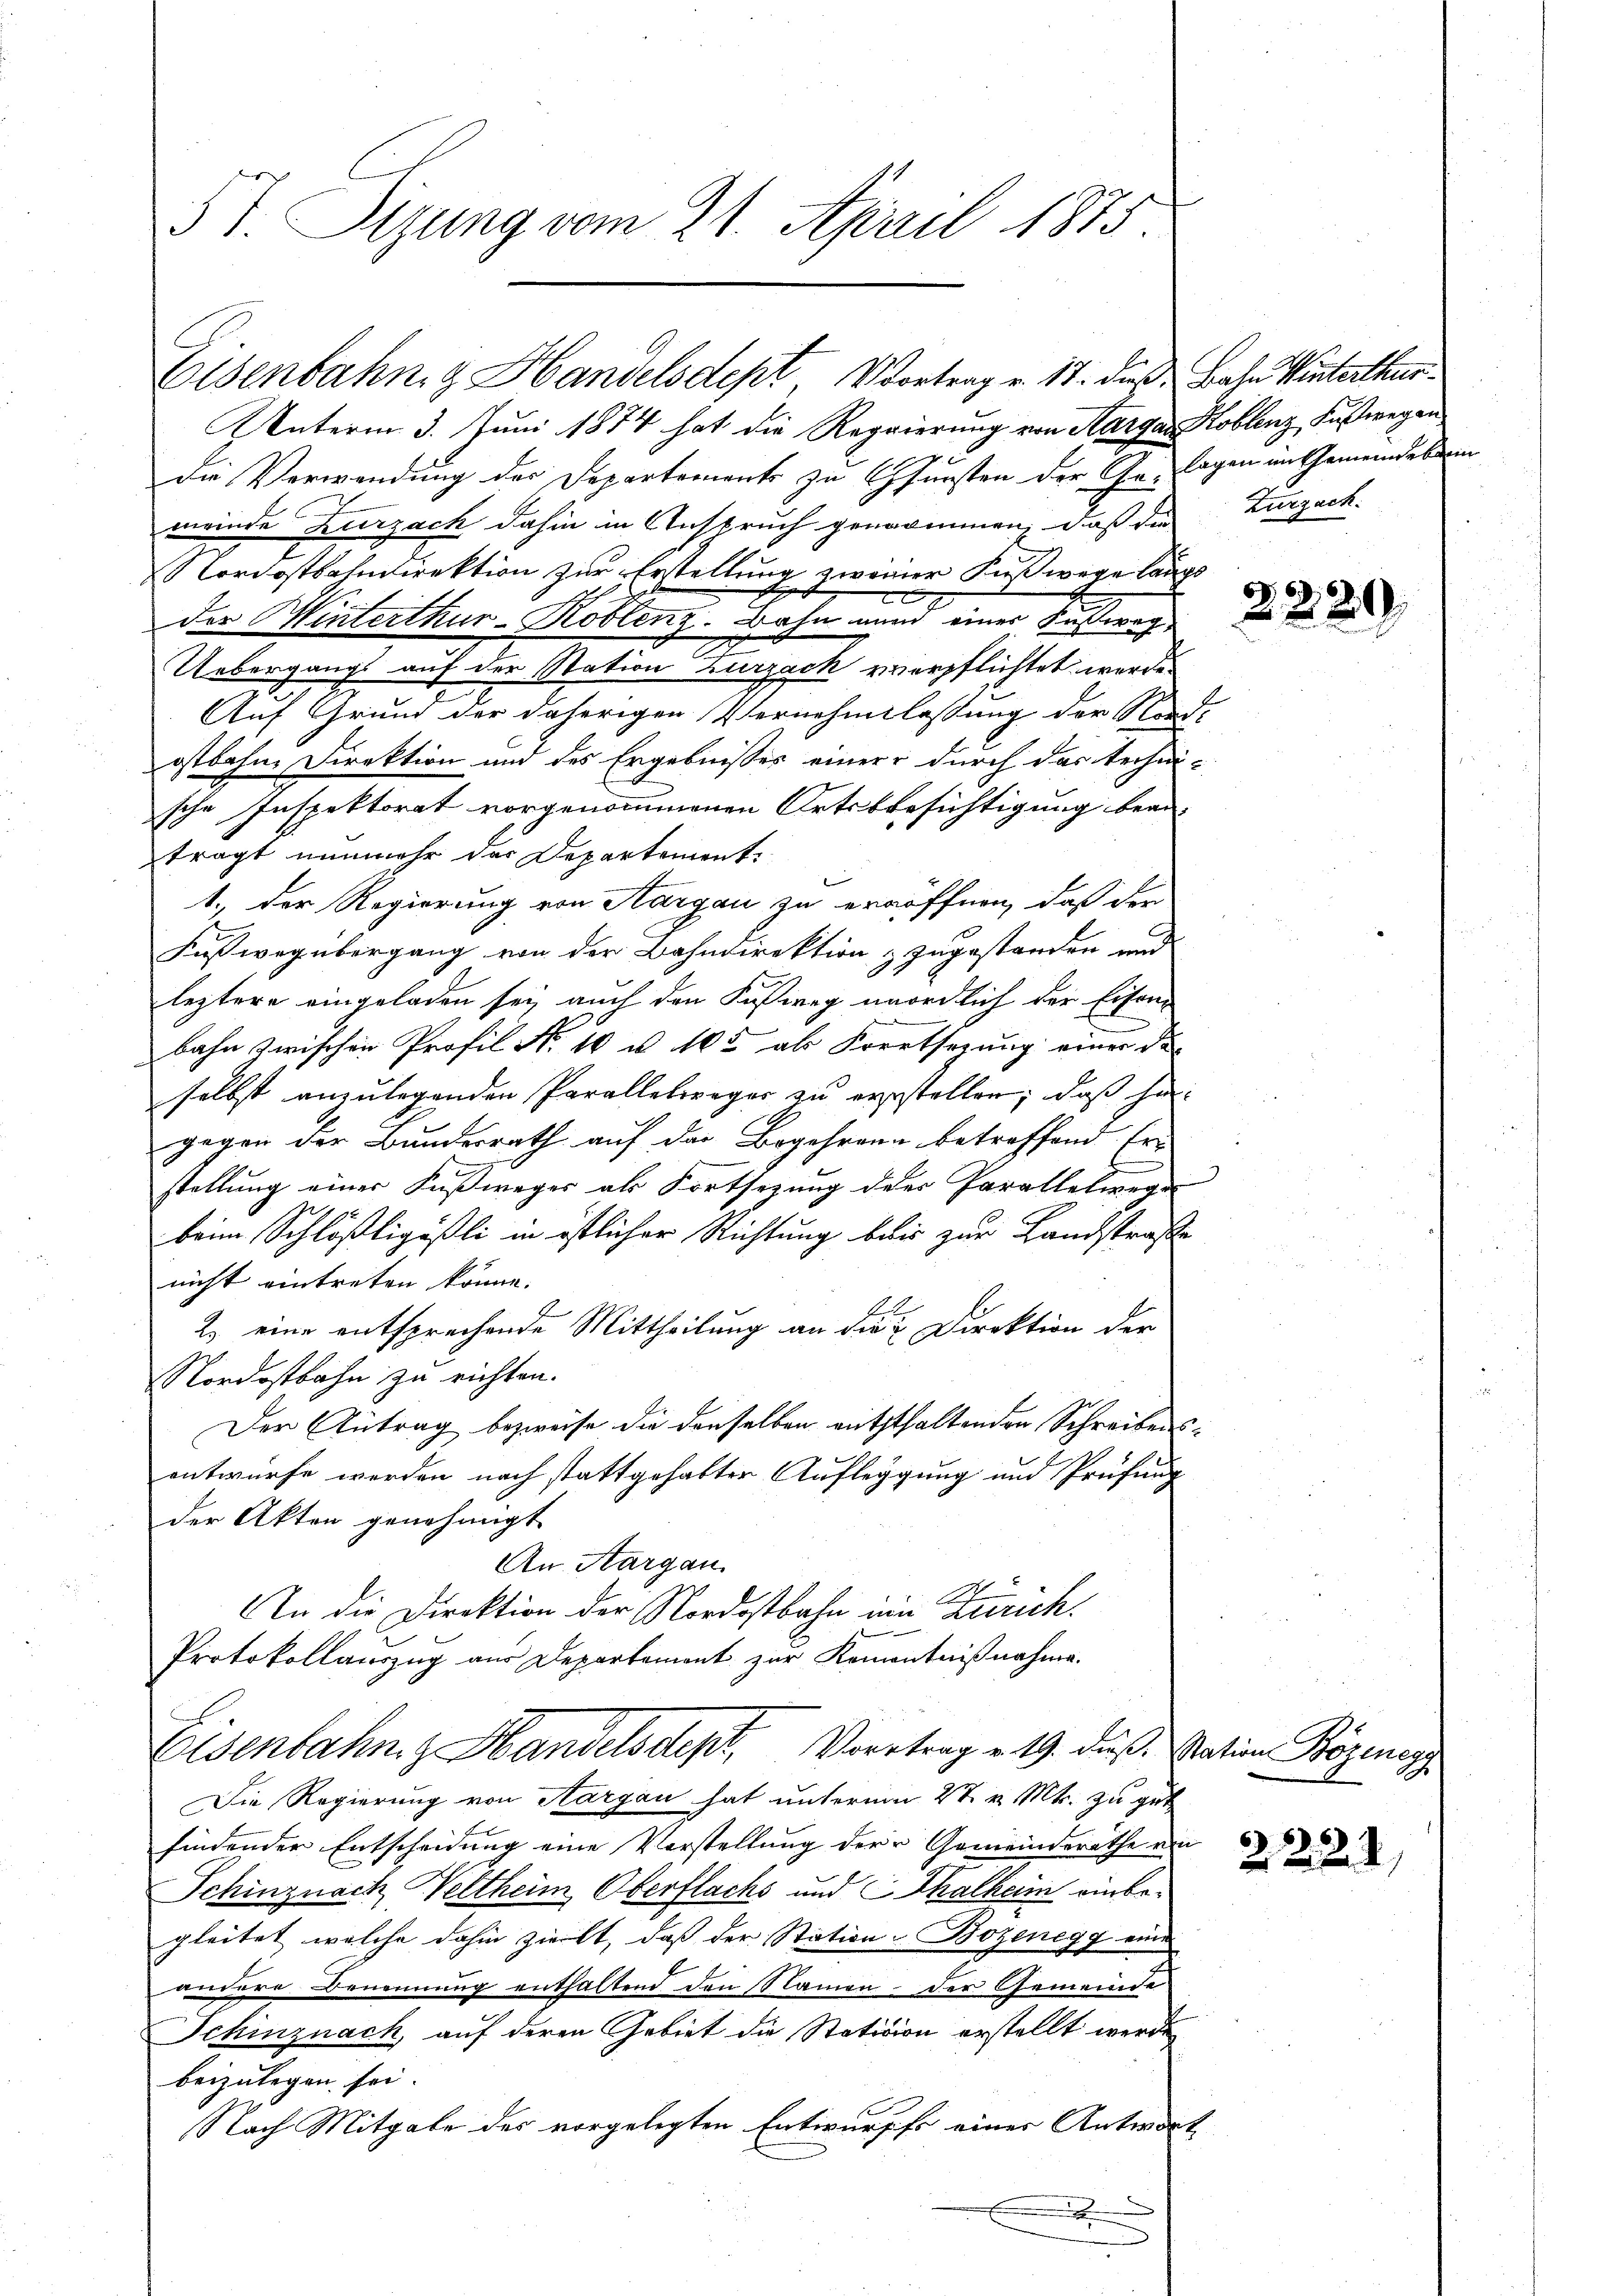
57. Sizung vom 21. April 1875.

Unterm 3. Juni 1874 hat die Regierung von Aargau Koblenz, Fußwegen
Die Verwendung der Departements zu Gunsten der Ga- lagen im Gemeindeberm
meinde Zurzach dahin in Anspruch genommen, daß die
Nordostbahndirektion zur Erstellung zweiner Fußwege langs
e
der Hinterthur–Koblenz, Bahn und einer Fußweg
Uebergangs auf der Station Zurzack verpflichtet werde.
Auf Grund der daherigen Vernehmlassung der Nid-
ostbahne Direktion und des Ergebnisses einer durch das techni-
sche Inspektorat vorgenommenen Ortsbesichtigung bean-
trägt nunmehr der Departement.
1., der Regierung von Aargau zu eröffnen, daß der
Fußweg übergang von der Bahndirektion & zugestanden und
leztere eingeladen sei, auch den Fußweg unördlich der Eisen-
bahn zwischen Profil No 10 u. 105 als Fortsezung einer de
selbst anzulegenden Parallelweger zu erstellen; daß hi
gegen der Bunderrath auf das Begehren betreffend Er-
stellung einer Fußweger als Fortsezung des Parallelwege
beim Schlößligäßli in östlicher Richtung bei zur Landstraße
nicht eintreten könne.
2) eine entsprechende Mittheilung an die Direktion der
Nordostbahn zu richten.
Der Antrag bezweife die denselben auththaltenden Schreibensentwürfe werden nach stattgehabter Aufleggung und Prüfung
der Akten genehmigt
An Aargau.
An die Direktion der Nordostbahn ein Zürich.
Protokollauszug aus Departement zur Kamentnißnahme.
Eisenbahng Handelsdept, Vortrag v. 19. dieß Nation Bozenegg
Die Regierung von Aargau hat unterm 28. v. Mts. zu geb
findender Entscheidung eine Vorstellung der Gemeinderathe von
Schinznach Veltheim Oberflachs und Thalheim einbegleitet welche dahin zielt, daß der Station Bozenegg eine
andere Benennung enthaltend den Namen - der Gemeinde
Schinznach, auf deren Gebiet die Statition erstellt werde
beizulegen sei.
Nach Mitgabe des vorgelegten Entwurfs einer Antwort
x
.
u

Eisenbahng Handelsdept, Vortrag v. 17. dieß: Bahn Winterthur

Zurzach.

2229

2221